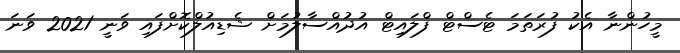
މީހުންނާ އެކު ފުރަތަމަ ޓެސްޓް ފްލައިޓް އުދުއްސާލުމަށް ޝެޑިއުލްކޮށްފައި ވަނީ 2021 ވަނަ